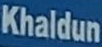
Khaldun